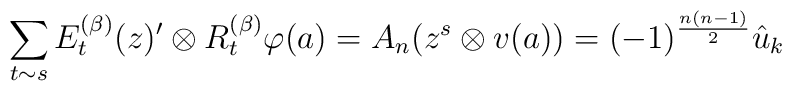
\sum_{t \sim s} E_t^{(\beta)}(z)'\otimes R_t^{(\beta)}\varphi(a) = A_n( z^s \otimes v(a) )  = (-1)^{\frac{n(n-1)}{2}} \hat{u}_k